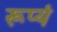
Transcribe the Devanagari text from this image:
रूप्यं